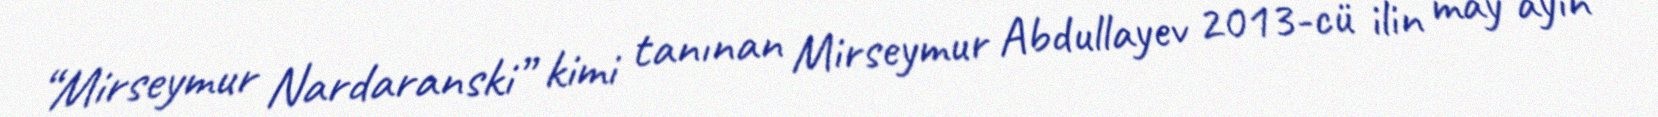
“Mirseymur Nardaranski” kimi tanınan Mirseymur Abdullayev 2013-cü ilin may ayın